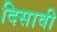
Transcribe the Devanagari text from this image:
दिसावी